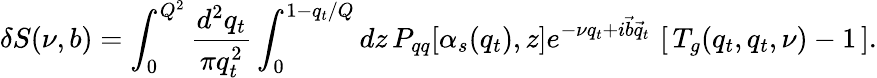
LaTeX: \delta S(\nu,b)=\int_{0}^{Q^{2}}\frac{d^{2}q_{t}}{\pi q_{t}^{2}}\int_{0}^{1-q_{t}/Q}dz\, P_{qq}[\alpha_{s}(q_{t}),z]e^{-\nu q_{t}+i\vec{b}\vec{q}_{t}}\, \left[\, T_{g}(q_{t},q_{t},\nu)-1\, \right].